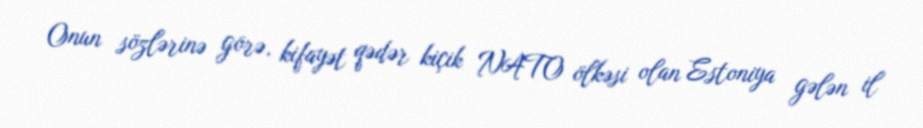
Onun sözlərinə görə, kifayət qədər kiçik NATO ölkəsi olan Estoniya gələn il